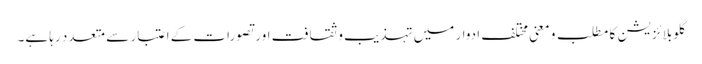
گلوبلائزیشن کا مطلب و معنی مختلف ادوار میں تہذیب و ثقافت اور تصورات کے اعتبار سے متعدد رہا ہے۔